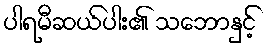
ပါရမီဆယ်ပါး၏ သဘောနှင့်